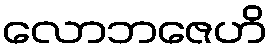
လောဘဇေဟိ